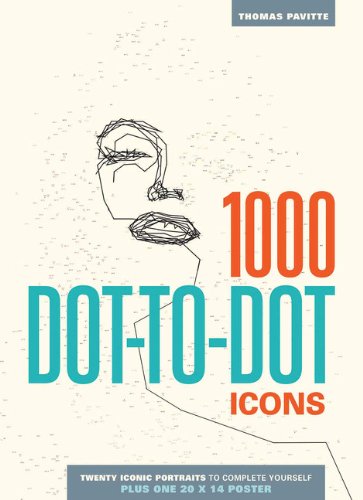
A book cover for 1000 Dot-to-Dot: Icons; Thomas Pavitte; Humor & Entertainment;